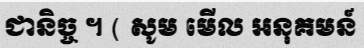
ជានិច្ច ។ ( សូម មើល អនុគមន៍